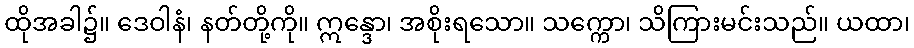
ထိုအခါ၌။ ဒေဝါနံ၊ နတ်တို့ကို။ ဣန္ဒော၊ အစိုးရသော။ သက္ကော၊ သိကြားမင်းသည်။ ယထာ၊